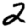
Digit: 2